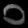
Digit: ၀